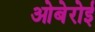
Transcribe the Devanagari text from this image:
ओबेरोई